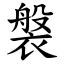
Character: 褩